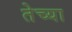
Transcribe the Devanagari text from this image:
तेच्या